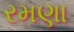
રમણા